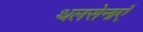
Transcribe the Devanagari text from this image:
थलसेनाएँ